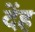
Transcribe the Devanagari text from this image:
देंह